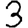
Digit: 3